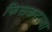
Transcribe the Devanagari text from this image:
फिसकटल्या